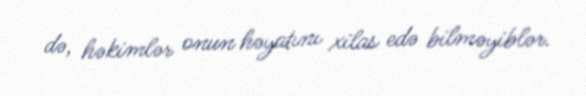
də, həkimlər onun həyatını xilas edə bilməyiblər.